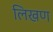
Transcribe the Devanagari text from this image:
लिखण